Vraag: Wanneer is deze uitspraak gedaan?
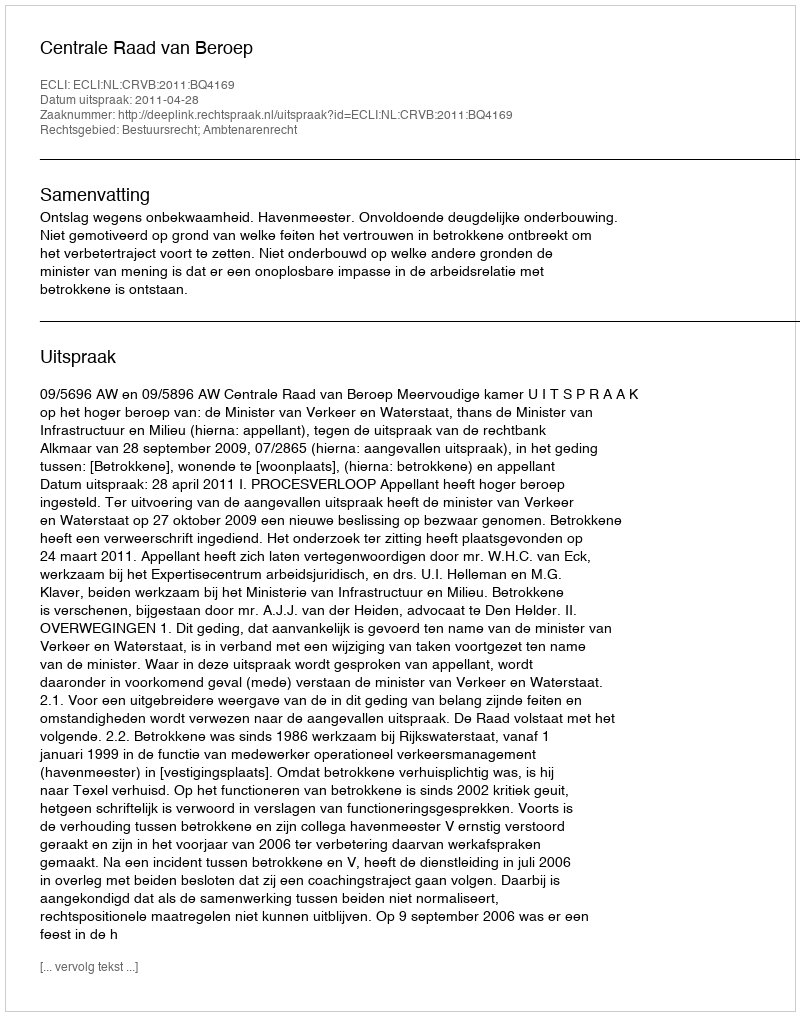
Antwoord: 2011-04-28